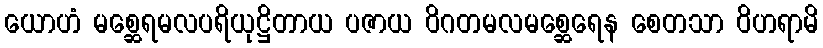
ယောဟံ မစ္ဆေရမလပရိယုဋ္ဌိတာယ ပဇာယ ဝိဂတမလမစ္ဆေရေန စေတသာ ဝိဟရာမိ